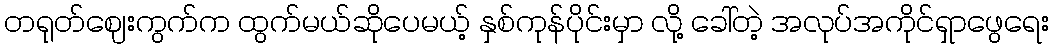
တရုတ်ဈေးကွက်က ထွက်မယ်ဆိုပေမယ့် နှစ်ကုန်ပိုင်းမှာ လို့ ခေါ်တဲ့ အလုပ်အကိုင်ရှာဖွေရေး